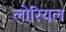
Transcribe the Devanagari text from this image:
लोरियल